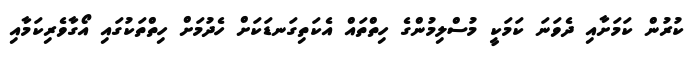
ކުރުން ކަމަށާއި ދެވަނަ ކަމަކީ މުސްލިމުންގެ ހިތްތައް އެކަތިގަނޑަކަށް ހެދުމަށް ހިތްތަކުގައި އޯގާވެރިކަމާއި